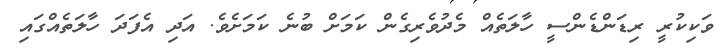
ވަކިކުރީ ރިޑަންޑެންސީ ހާލަތެއް މެދުވެރިގެން ކަމަށް ބުނެ ކަމަށެވެ. އަދި އެފަދަ ހާލަތެއްގައި